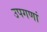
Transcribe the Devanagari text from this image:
उपगणां